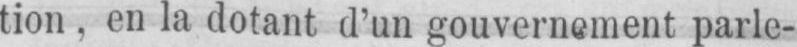
tion. en la dotant d’un gouvernement parle-